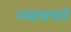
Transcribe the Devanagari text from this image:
गमावणारे